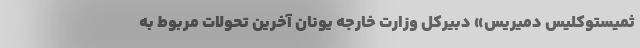
ثمیستوکلیس دمیریس» دبیرکل وزارت خارجه یونان آخرین تحولات مربوط به